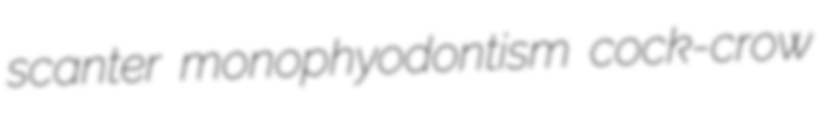
scanter monophyodontism cock-crow